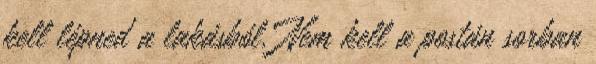
kell lépned a lakásból. Nem kell a postán sorban